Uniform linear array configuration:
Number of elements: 48
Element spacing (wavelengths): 1
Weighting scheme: hann
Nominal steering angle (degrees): -45
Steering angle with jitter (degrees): -43.818
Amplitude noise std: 0.05
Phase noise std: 0.05

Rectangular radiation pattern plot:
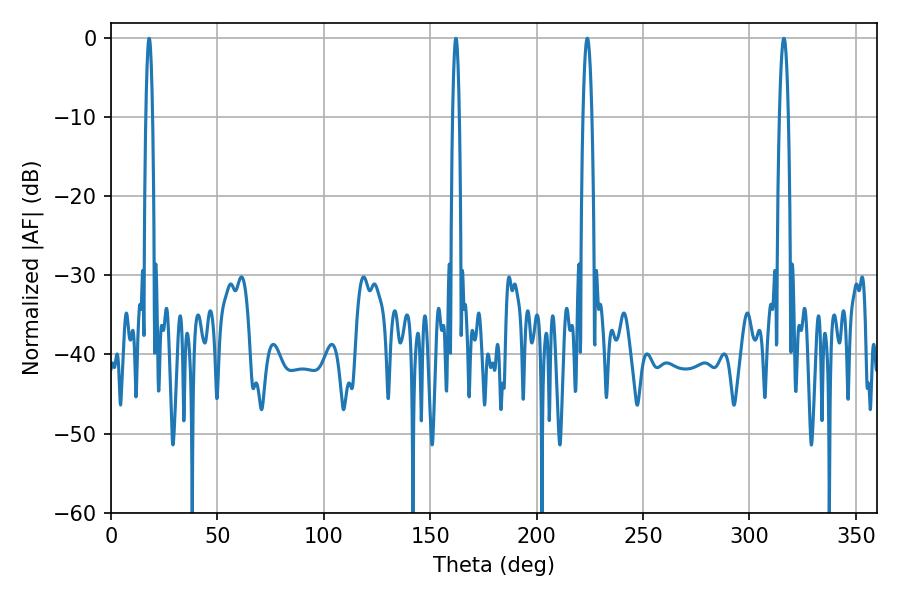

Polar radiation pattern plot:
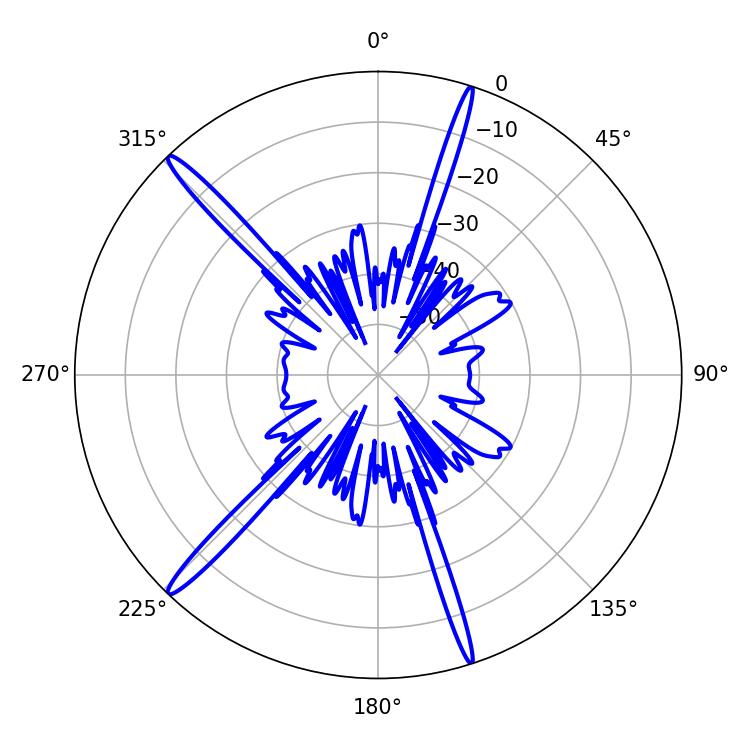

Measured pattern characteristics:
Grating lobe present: TRUE
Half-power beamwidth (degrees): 2.34
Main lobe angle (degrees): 223.74